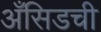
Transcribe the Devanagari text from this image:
अँसिडची